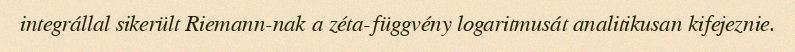
integrállal sikerült Riemann-nak a zéta-függvény logaritmusát analitikusan kifejeznie.